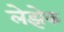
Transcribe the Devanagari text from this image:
लेझेक